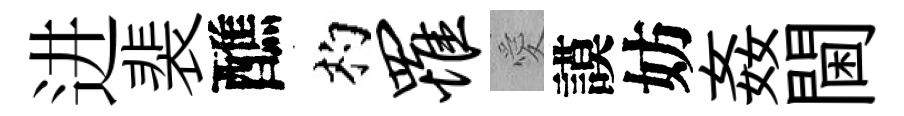
进裴醮杓罹愛謨妨姦閫